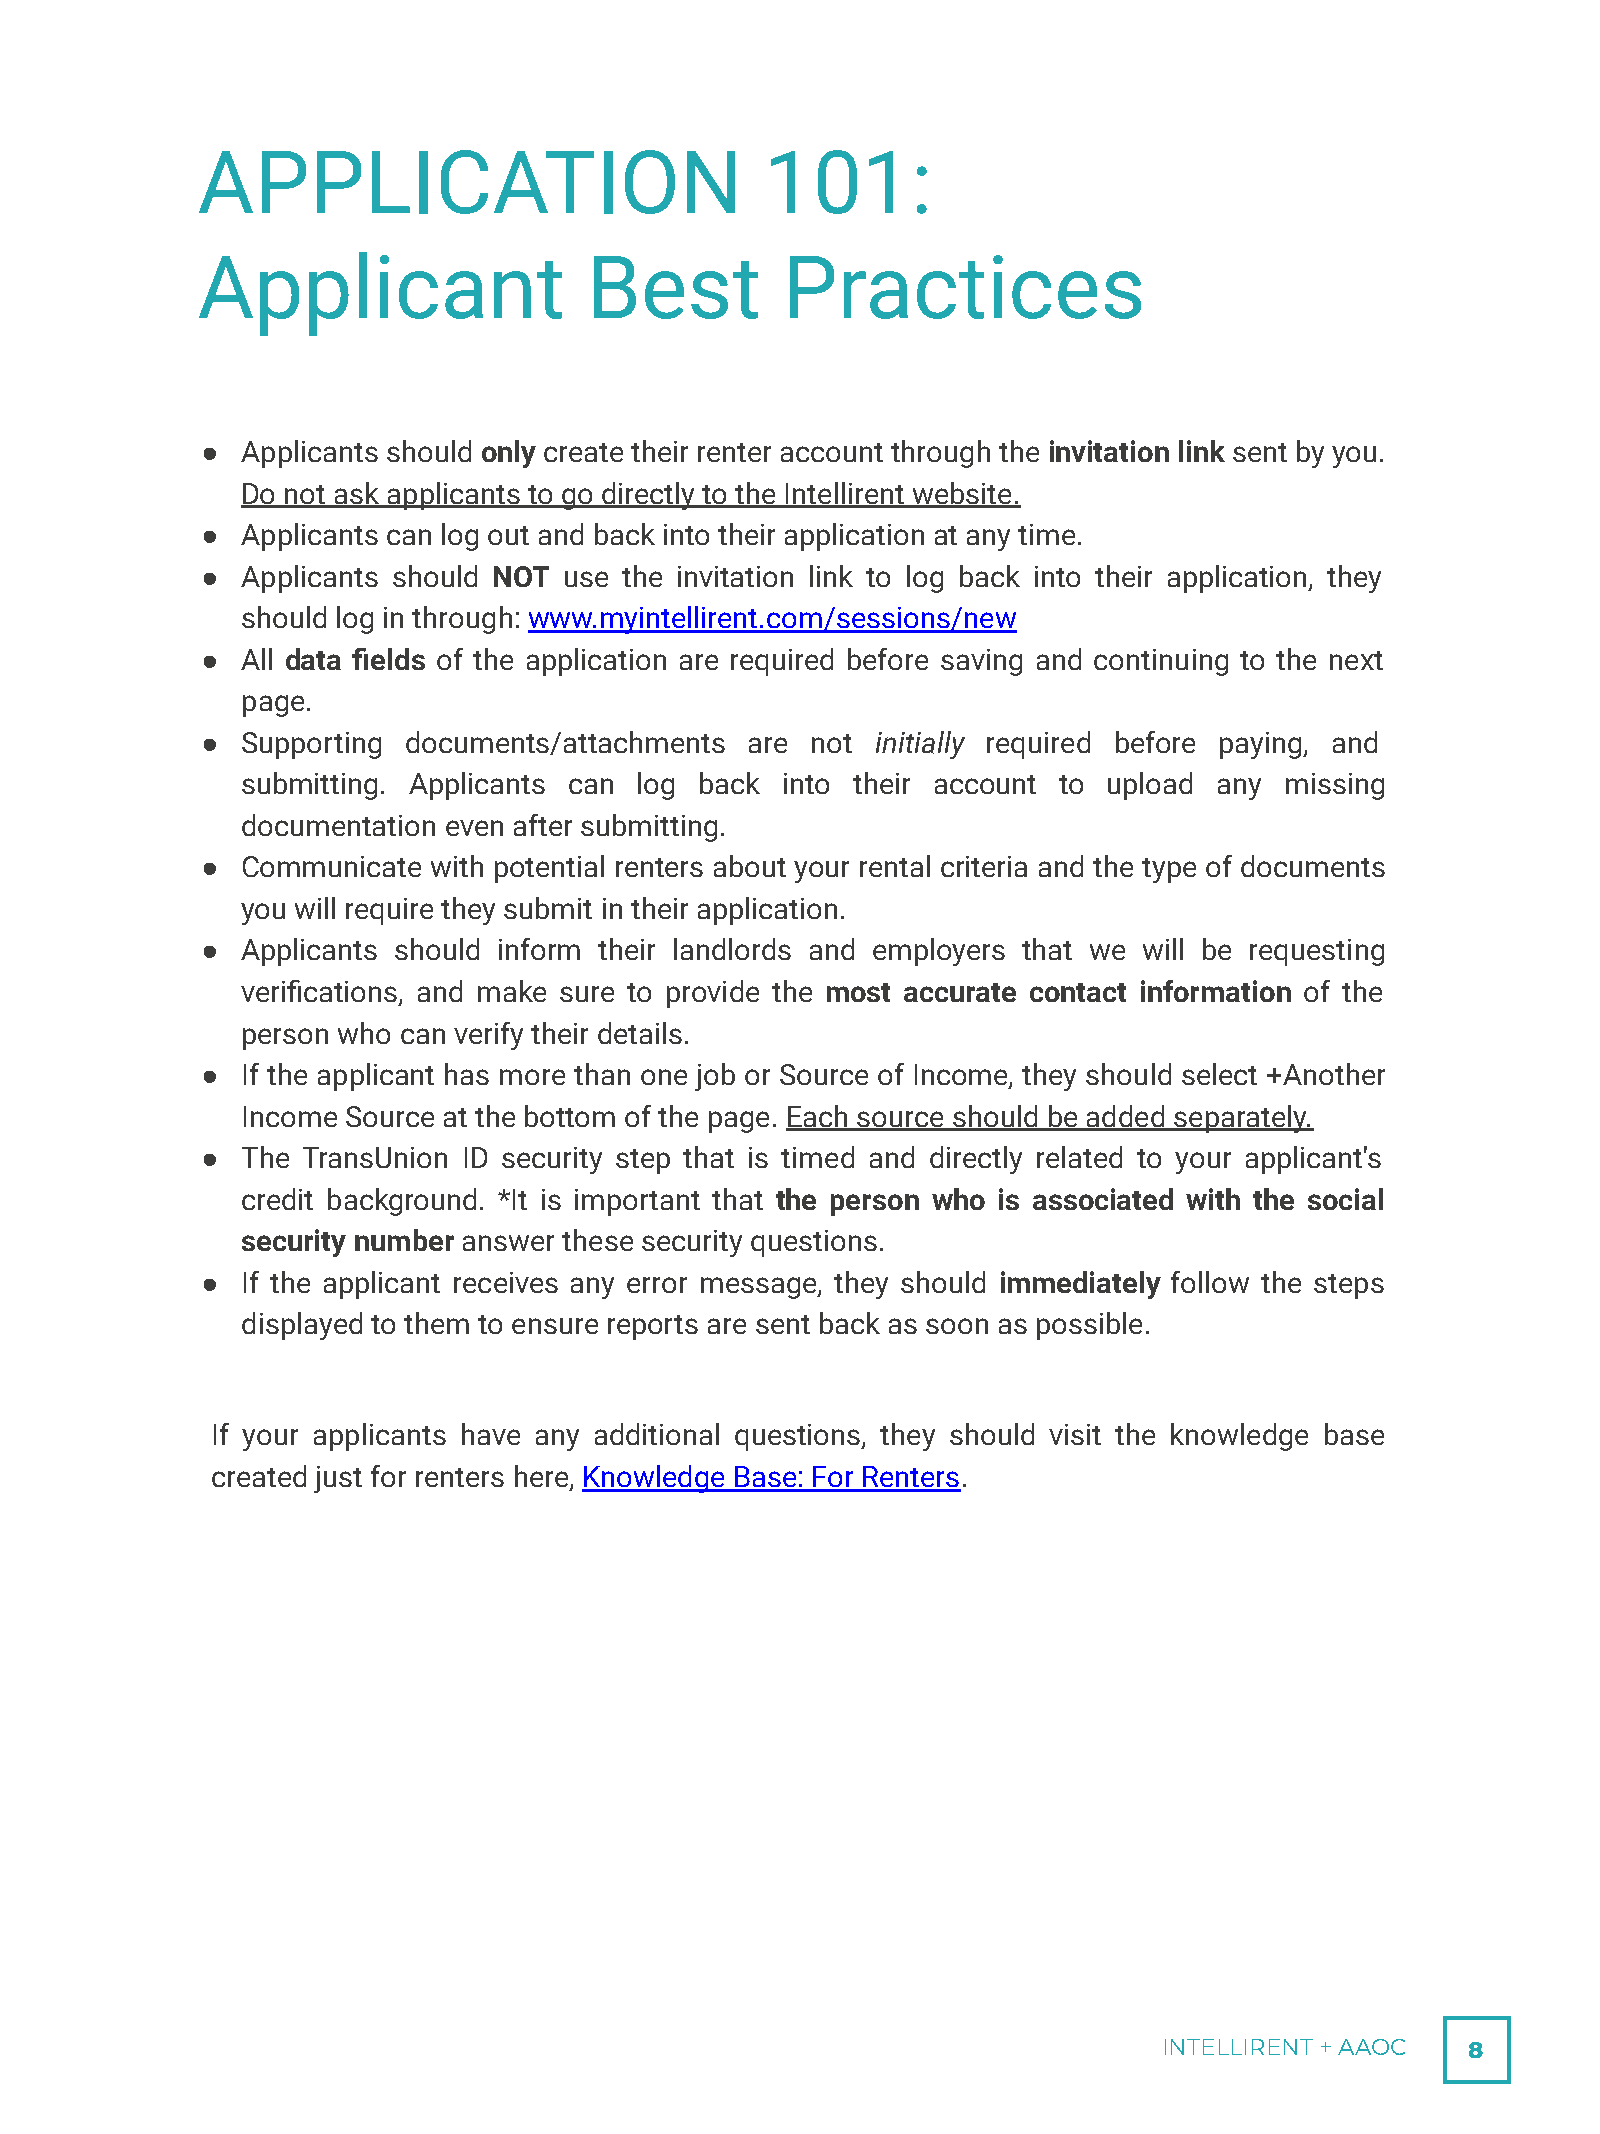
APPLICATION                           101:
 Applicant                 Best         Practices
 ●  Applicants should only create their renter account through the invitation link sent by you.
 Do not ask applicants to go directly to the Intellirent website.
 ●  Applicants can log out and back into their application at any time.
 ●  Applicants should NOT use the invitation link to log back into their application, they
 should log in through: www.myintellirent.com/sessions/new
 ●  All data fields of the application are required before saving and continuing to the next
 page.
 ●  Supporting documents/attachments  are not initially required before paying, and
 submitting. Applicants can log back into their account to upload any missing
 documentation even after submitting.
 ●  Communicate  with potential renters about your rental criteria and the type of documents
 you will require they submit in their application.
 ●  Applicants should inform their landlords and employers that we will be requesting
 verifications, and make sure to provide the most accurate contact information of the
 person who can verify their details.
 ●  If the applicant has more than one job or Source of Income, they should select +Another
 Income Source at the bottom of the page. Each source should be added separately.
 ●  The TransUnion ID security step that is timed and directly related to your applicant's
 credit background. *It is important that the person who is associated with the social
 security number answer these security questions.
 ●  If the applicant receives any error message, they should immediately follow the steps
 displayed to them to ensure reports are sent back as soon as possible.
 If your applicants have any additional questions, they should visit the knowledge base
 created just for renters here, Knowledge Base: For Renters.
 INTELLIRENT + AAOC  8